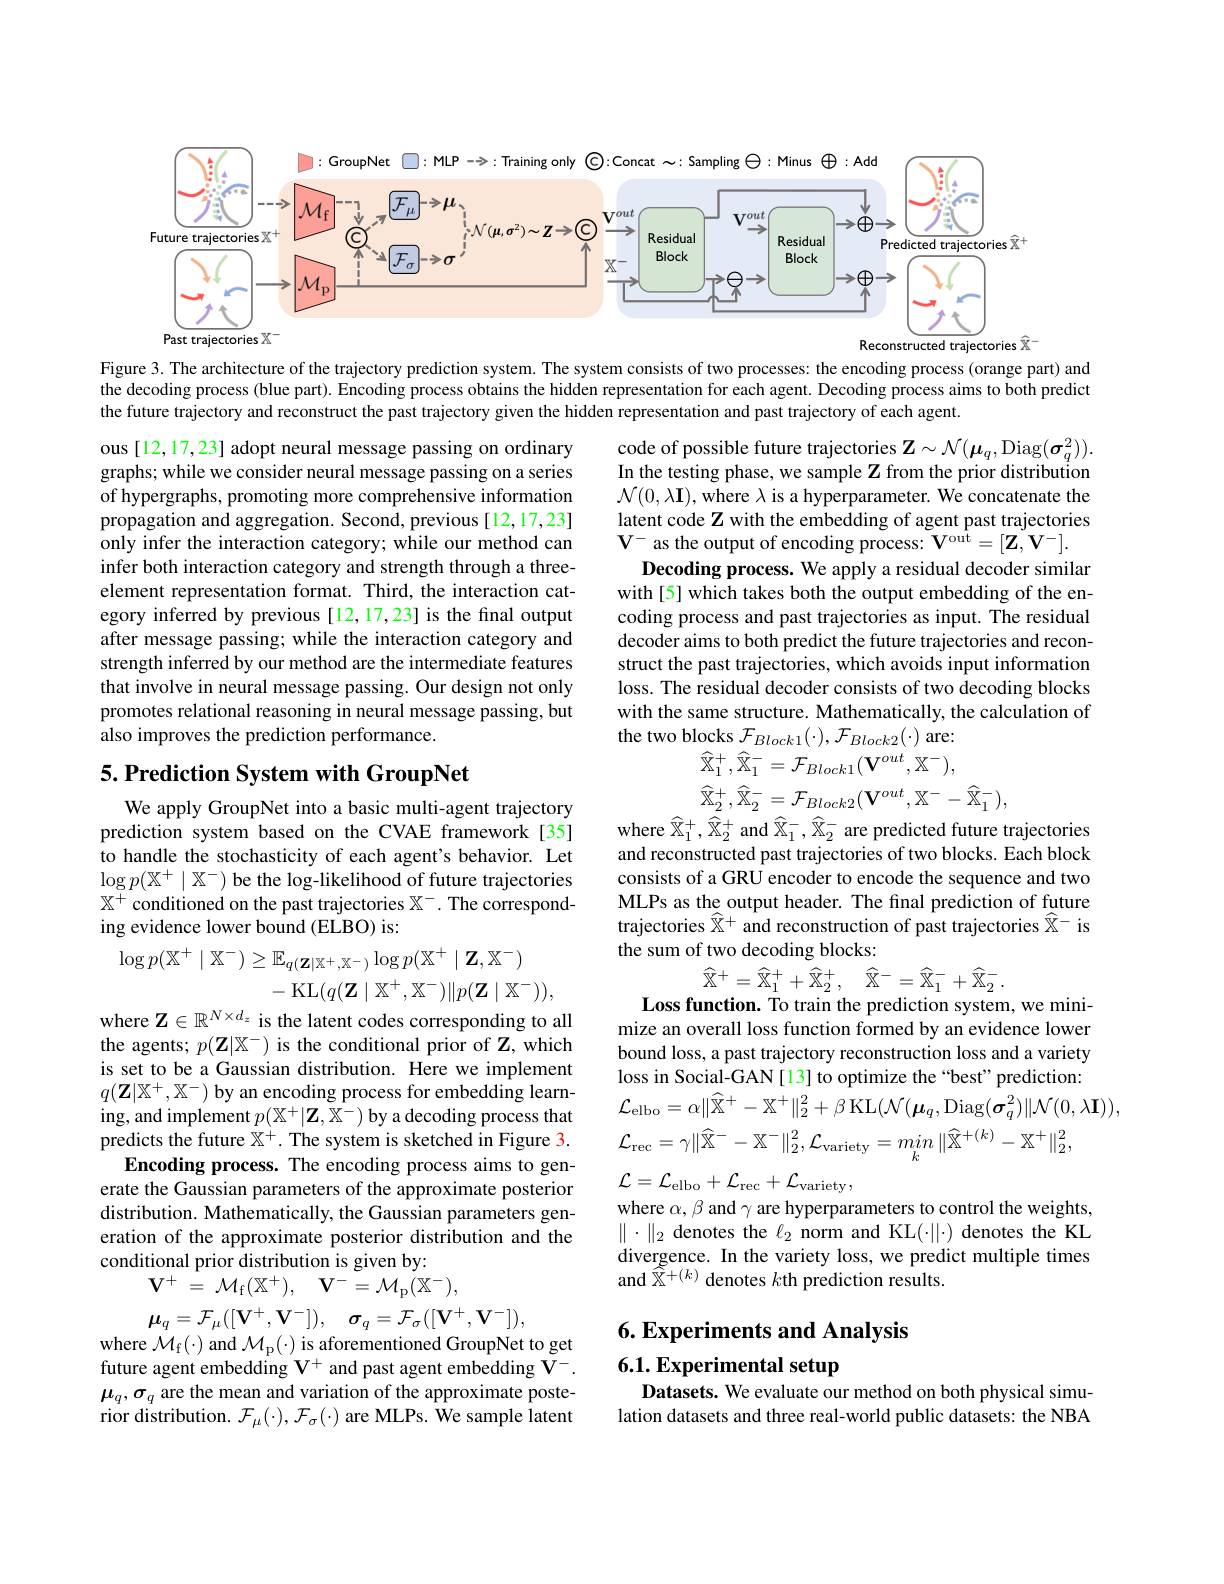
<FigureHere>

Figure 3. The architecture of the trajectory prediction system. The system consists of two processes: the encoding process (orange part) and the decoding process (blue part). Encoding process obtains the hidden representation for each agent. Decoding process aims to both predict the future trajectory and reconstruct the past trajectory given the hidden representation and past trajectory of each agent

code of possible future trajectories $\mathbf{Z}\sim\mathcal{N}(\boldsymbol{\mu}_q$,Diag$(\boldsymbol\sigma_q^2)).$ In the testing phase, we sample Z from the prior distribution $\mathcal{N}(0,\lambda\mathbf{I})$, where $\lambda$ is a hyperparameter. We concatenate the latent code Z with the embedding of agent past trajectories $\mathbf{V}^{-}$ as the output of encoding process: V'out$=[\mathbf{Z},\mathbf{V}^{-}].$
Decoding process. We apply a residual decoder similar with[5] which takes both the output embedding of the encoding process and past trajectories as input. The residual decoder aims to both predict the future trajectories and reconstruct the past trajectories, which avoids input information loss. The residual decoder consists of two decoding blocks with the same structure. Mathematically, the calculation of the two blocks $\mathcal{F}_Block1(\cdot),\mathcal{F}_{Block2}(\cdot)$ are:

ous [12,17,23] adopt neural message passing on ordinary graphs; while we consider neural message passing on a series of hypergraphs, promoting more comprehensive information propagation and aggregation. Second, previous[12,17,23] only infer the interaction category; while our method can infer both interaction category and strength through a threeelement representation format. Third, the interaction category inferred by previous [12,17,23] is the final output after message passing; while the interaction category and strength inferred by our method are the intermediate features that involve in neural message passing. Our design not only promotes relational reasoning in neural message passing, but also improves the prediction performance.

$\widehat{\mathbb{X}}_{1}^{+},\widehat{\mathbb{X}}_{1}^{-}=\mathcal{F}_{Block1}(\mathbf{V}^{out},\mathbb{X}^{-})$,
$$\widehat{\mathbb{X}}_{2}^{+},\widehat{\mathbb{X}}_{2}^{-}=\mathcal{F}_{Block2}(\mathbf{V}^{out},\mathbb{X}^{-}-\widehat{\mathbb{X}}_{1}^{-}),$$
where $\widehat{\mathbb{X}}_1^+,\widehat{\mathbb{X}}_2^+$ and $\widehat{\mathbb{X}}_1^-,\widehat{\mathbb{X}}_2^-$ are predicted future trajectories

## $5. \textbf{Prediction System with GroupNet}$

We apply GroupNet into a basic multi-agent trajectory prediction system based on the CVAE framework [35] to handle the stochasticity of each agent's behavior. Let $\log p(\mathbb{X}^+\mid\mathbb{X}^-)$ be the log-likelihood of future trajectories $\mathbb{X}^+$ conditioned on the past trajectories $\mathbb{X}^-.$ The corresponding evidence lower bound (ELBO) is:

and reconstructed past trajectories of two blocks. Each block consists of a GRU encoder to encode the sequence and two MLPs as the output header. The final prediction of future trajectories $\widehat{\mathbb{X}^+}$ and reconstruction of past trajectories $\widehat{\mathbb{X}^-}$ is the sum of two decoding blocks:
$$\widehat{\mathbb{X}}^{+}=\widehat{\mathbb{X}}_{1}^{+}+\widehat{\mathbb{X}}_{2}^{+},\quad\widehat{\mathbb{X}}^{-}=\widehat{\mathbb{X}}_{1}^{-}+\widehat{\mathbb{X}}_{2}^{-}.$$
$$\begin{aligned}\log p(\mathbb{X}^{+}\mid\mathbb{X}^{-})&\geq\mathbb{E}_{q(\mathbf{Z}|\mathbb{X}^{+},\mathbb{X}^{-})}\log p(\mathbb{X}^{+}\mid\mathbf{Z},\mathbb{X}^{-})\\&-\operatorname{KL}(q(\mathbf{Z}\mid\mathbb{X}^{+},\mathbb{X}^{-})\|p(\mathbf{Z}\mid\mathbb{X}^{-})),\\\end{aligned}$$
where $\mathbf{Z}\in\mathbb{R}^{N\times d_z}$ is the latent codes corresponding to all the agents; $p(\mathbf{Z}|\mathbb{X}^-)$ is the conditional prior of Z, which is set to be a Gaussian distribution. Here we implement $q(\mathbf{Z}|\mathbb{X}^+,\mathbb{X}^-)$ by an encoding process for embedding learning, and implement $p(\mathbb{X}^+|\mathbf{Z},\mathbb{X}^-)$ by a decoding process that predicts the future $\mathbb{X}^+.$ The system is sketched in Figure 3.
Encoding process. The encoding process aims to generate the Gaussian parameters of the approximate posterior distribution. Mathematically, the Gaussian parameters generation of the approximate posterior distribution and the conditional prior distribution is given by:

Loss function. To train the prediction system, we minimize an overall loss function formed by an evidence lower bound loss, a past trajectory reconstruction loss and a variety loss in Social-GAN[13] to optimize the“best”prediction:
$$\mathcal{L}_{\mathrm{elbo}}=\alpha\|\widehat{\mathbb{X}}^{+}-\mathbb{X}^{+}\|_{2}^{2}+\beta\:\mathrm{KL}(\mathcal{N}(\boldsymbol{\mu}_{q},\mathrm{Diag}(\boldsymbol{\sigma}_{q}^{2})\|\mathcal{N}(0,\lambda\mathbf{I})),\\\mathcal{L}_{\mathrm{rec}}=\gamma\|\widehat{\mathbb{X}}^{-}-\mathbb{X}^{-}\|_{2}^{2},\mathcal{L}_{\mathrm{variety}}=min\:\|\widehat{\mathbb{X}}^{+(k)}-\mathbb{X}^{+}\|_{2}^{2},$$
$\mathcal{L} = \mathcal{L} _{\mathrm{elbo}}+ \mathcal{L} _{\mathrm{rec}}+ \mathcal{L} _{\mathrm{variety}}$,
where $\alpha,\beta$ and $\gamma$ are hyperparameters to control the weights, $\parallel\cdot\parallel_{2}$ denotes the $\ell_2$ norm and KL(·$\|\cdot)$ denotes the KL divergence. In the variety loss, we predict multiple times and $\widetilde{\mathbb{X}}^{+(k)}$ denotes $k$th prediction results.
$$\begin{aligned}&\mathbf{V}^{+}\:=\:\mathcal{M}_{\mathrm{f}}(\mathbb{X}^{+}),\quad\mathbf{V}^{-}=\mathcal{M}_{\mathrm{p}}(\mathbb{X}^{-}),\\&\boldsymbol{\mu}_{q}=\mathcal{F}_{\mu}([\mathbf{V}^{+},\mathbf{V}^{-}]),\quad\boldsymbol{\sigma}_{q}=\mathcal{F}_{\sigma}([\mathbf{V}^{+},\mathbf{V}^{-}]),\\\end{aligned}$$
6. Experiments and Analysis

# 6.1. Experimental setup

where $\mathcal{M}_{\mathrm{f}}(\cdot)$ and $\mathcal{M}_{\mathrm{p}}(\cdot)$ is aforementioned GroupNet to get future agent embedding $\mathbf{V}^+$ and past agent embedding V$^-.$ $\mu_{q},\sigma_{q}$ are the mean and variation of the approximate posterior distribution. $\mathcal{F}_\mu(\cdot),\mathcal{F}_\sigma(\cdot)$ are MLPs. We sample latent

Datasets. We evaluate our method on both physical simulation datasets and three real-world public datasets: the NBA